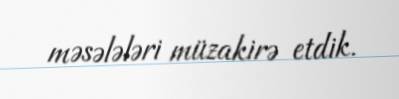
məsələləri müzakirə etdik.